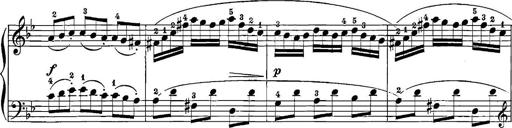
Title: 12 Sonatinas
Composer: Ignaz Pleyel